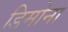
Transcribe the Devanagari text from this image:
डिमोना